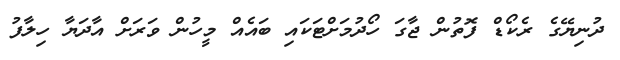
ދުނިޔޭގެ ރެކޯޑް ފޮތުން ޖާގަ ހޯދުމަށްޓަކައި ބައެއް މީހުން ވަރަށް އާދަޔާ ހިލާފު